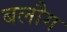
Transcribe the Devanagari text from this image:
बलौग